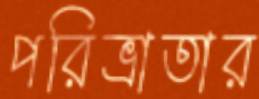
পরিভ্রাতার